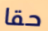
حقا